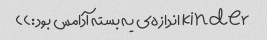
kinder اندازه‌ی یه بسته آدامس بود:))